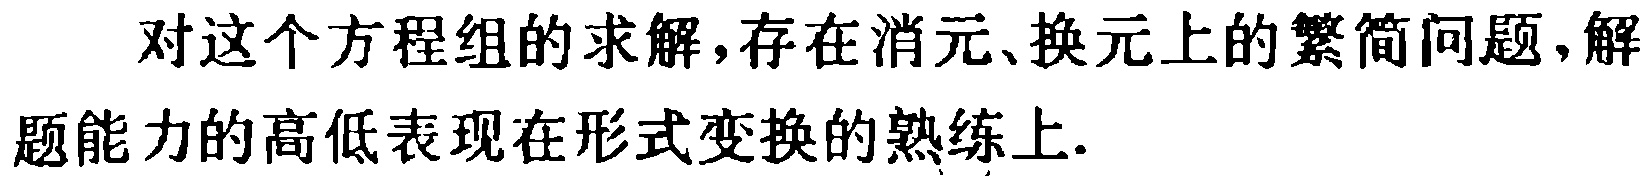
对这个方程组的求解,存在消元、换元上的繁简问题,解题能力的高低表现在形式变换的熟练上.